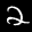
Label: 2